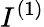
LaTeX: I^{(1)}